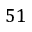
5 1